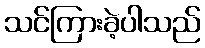
သင်ကြားခဲ့ပါသည်